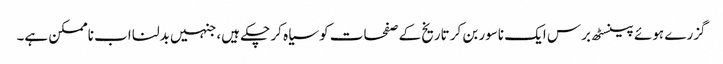
گزرے ہوئے پینسٹھ برس ایک ناسور بن کر تاریخ کے صفحات کو سیاہ کر چکے ہیں، جنہیں بدلنا اب ناممکن ہے۔